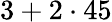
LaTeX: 3+2\cdot 45